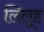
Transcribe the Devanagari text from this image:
लिलूह